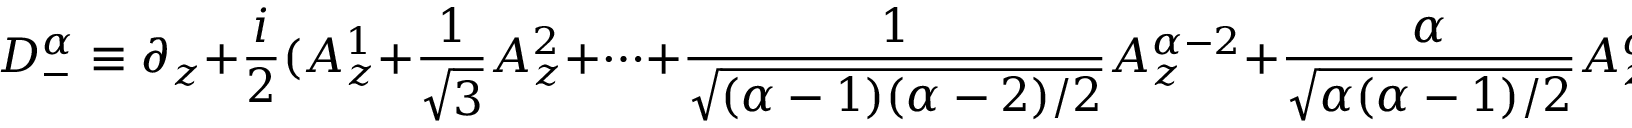
D _ { - } ^ { \alpha } \equiv \partial _ { z } + \frac { i } { 2 } ( A _ { z } ^ { 1 } + \frac { 1 } { \sqrt { 3 } } A _ { z } ^ { 2 } + \cdots + \frac { 1 } { \sqrt { ( \alpha - 1 ) ( \alpha - 2 ) / 2 } } A _ { z } ^ { \alpha - 2 } + \frac { \alpha } { \sqrt { \alpha ( \alpha - 1 ) / 2 } } A _ { z } ^ { \alpha - 1 } )